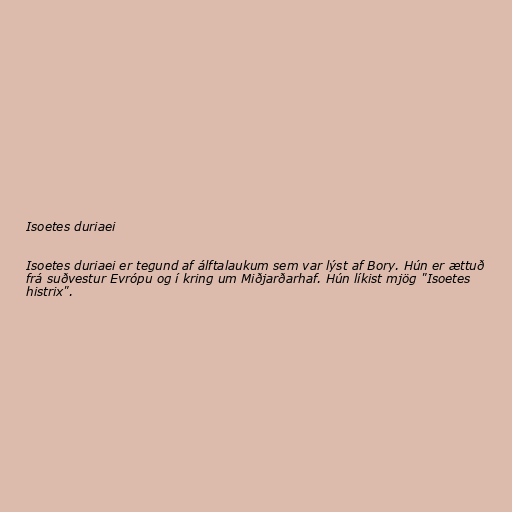
Isoetes duriaei

Isoetes duriaei er tegund af álftalaukum sem var lýst af Bory. Hún er ættuð
frá suðvestur Evrópu og í kring um Miðjarðarhaf. Hún líkist mjög "Isoetes
histrix".